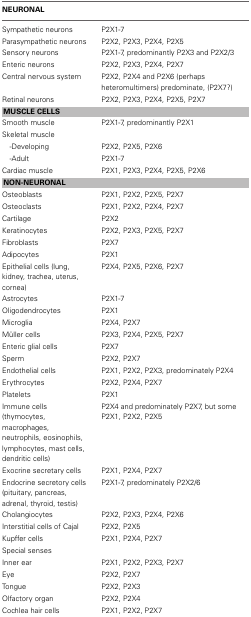
<table><thead><tr><td><b>NEURONAL</b></td><td></td></tr></thead><tbody><tr><td>Sympathetic neurons</td><td>P2X1-7</td></tr><tr><td>Parasympathetic neurons</td><td>P2X2, P2X3, P2X4, P2X5</td></tr><tr><td>Sensory neurons</td><td>P2X1-7, predominantly P2X3 and P2X2/3</td></tr><tr><td>Enteric neurons</td><td>P2X2, P2X3, P2X4, P2X7</td></tr><tr><td>Central nervous system</td><td>P2X2, P2X4 and P2X6 (perhaps heteromultimers) predominate, (P2X7?)</td></tr><tr><td>Retinal neurons</td><td>P2X2, P2X3, P2X4, P2X5, P2X7</td></tr><tr><td colspan="2"><b>MUSCLE CELLS</b></td></tr><tr><td>Smooth muscle</td><td>P2X1-7, predominantly P2X1</td></tr><tr><td>Skeletal muscle</td><td></td></tr><tr><td>-Developing</td><td>P2X2, P2X5, P2X6</td></tr><tr><td>-Adult</td><td>P2X1-7</td></tr><tr><td>Cardiac muscle</td><td>P2X1, P2X3, P2X4, P2X5, P2X6</td></tr><tr><td colspan="2"><b>NON-NEURONAL</b></td></tr><tr><td>Osteoblasts</td><td>P2X1, P2X2, P2X5, P2X7</td></tr><tr><td>Osteoclasts</td><td>P2X1, P2X2, P2X4, P2X7</td></tr><tr><td>Cartilage</td><td>P2X2</td></tr><tr><td>Keratinocytes</td><td>P2X2, P2X3, P2X5, P2X7</td></tr><tr><td>Fibroblasts</td><td>P2X7</td></tr><tr><td>Adipocytes</td><td>P2X1</td></tr><tr><td>Epithelial cells (lung, kidney, trachea, uterus, cornea)</td><td>P2X4, P2X5, P2X6, P2X7</td></tr><tr><td>Astrocytes</td><td>P2X1-7</td></tr><tr><td>Oligodendrocytes</td><td>P2X1</td></tr><tr><td>Microglia</td><td>P2X4, P2X7</td></tr><tr><td>Müller cells</td><td>P2X3, P2X4, P2X5, P2X7</td></tr><tr><td>Enteric glial cells</td><td>P2X7</td></tr><tr><td>Sperm</td><td>P2X2, P2X7</td></tr><tr><td>Endothelial cells</td><td>P2X1, P2X2, P2X3, predominately P2X4</td></tr><tr><td>Erythrocytes</td><td>P2X2, P2X4, P2X7</td></tr><tr><td>Platelets</td><td>P2X1</td></tr><tr><td>Immune cells (thymocytes, macrophages, neutrophils, eosinophils, lymphocytes, mast cells, dendritic cells)</td><td>P2X4 and predominately P2X7, but some P2X1, P2X2, P2X5</td></tr><tr><td>Exocrine secretary cells</td><td>P2X1, P2X4, P2X7</td></tr><tr><td>Endocrine secretory cells (pituitary, pancreas, adrenal, thyroid, testis)</td><td>P2X1-7, predominately P2X2/6</td></tr><tr><td>Cholangiocytes</td><td>P2X2, P2X3, P2X4, P2X6</td></tr><tr><td>Interstitial cells of Cajal</td><td>P2X2, P2X5</td></tr><tr><td>Kupffer cells</td><td>P2X1, P2X4, P2X7</td></tr><tr><td>Special senses</td><td></td></tr><tr><td>Inner ear</td><td>P2X1, P2X2, P2X3, P2X7</td></tr><tr><td>Eye</td><td>P2X2, P2X7</td></tr><tr><td>Tongue</td><td>P2X2, P2X3</td></tr><tr><td>Olfactory organ</td><td>P2X2, P2X4</td></tr><tr><td>Cochlea hair cells</td><td>P2X1, P2X2, P2X7</td></tr></tbody></table>